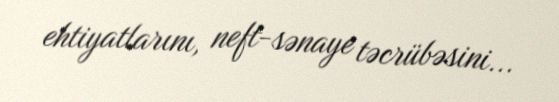
ehtiyatlarını, neft-sənaye təcrübəsini...